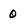
Character: 0